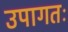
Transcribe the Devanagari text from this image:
उपागतः